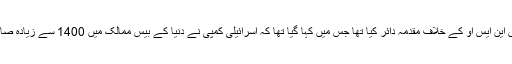
واٹس ایپ کی مالک کمپنی فیس بُک نے بھی گزشتہ برس اکتوبر میں این ایس او کے خلاف مقدمہ دائر کیا تھا جس میں کہا گیا تھا کہ اسرائیلی کمپی نے دنیا کے بیس ممالک میں 1400 سے زیادہ صارفین کے فون ہیک کرنے میں غیر ملکی حکومتوں کی مدد کی تھی۔